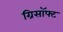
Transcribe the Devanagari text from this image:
ग्रिसॉफ्‍ट